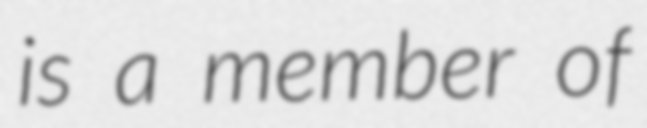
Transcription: is a member of